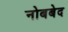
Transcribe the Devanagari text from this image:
नोबबेद